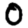
Digit: 0